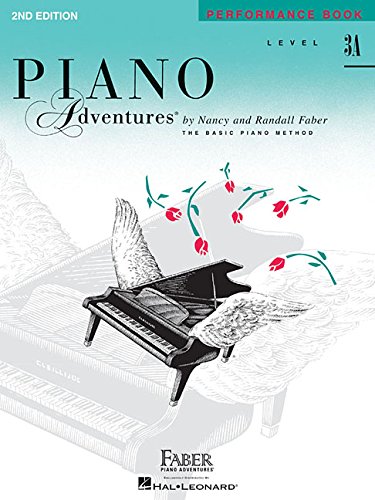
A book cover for Level 3A - Performance Book: Piano Adventures; Humor & Entertainment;